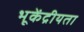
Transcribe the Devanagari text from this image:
भूकेंद्रीयता